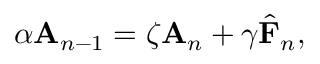
\boldsymbol \alpha \mathbf { A } _ { n - 1 } = \boldsymbol \zeta \mathbf { A } _ { n } + \boldsymbol \gamma \hat { \mathbf { F } } _ { n } ,